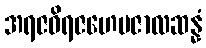
အရဇဝိရဇဟေမဇာလဆန္နံ